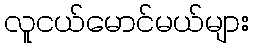
လူငယ်မောင်မယ်များ